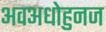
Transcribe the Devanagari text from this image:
अवअधोहुनज